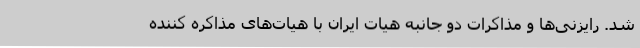
شد. رایزنی‌ها و مذاکرات دو جانبه هیات ایران با هیات‌های مذاکره کننده